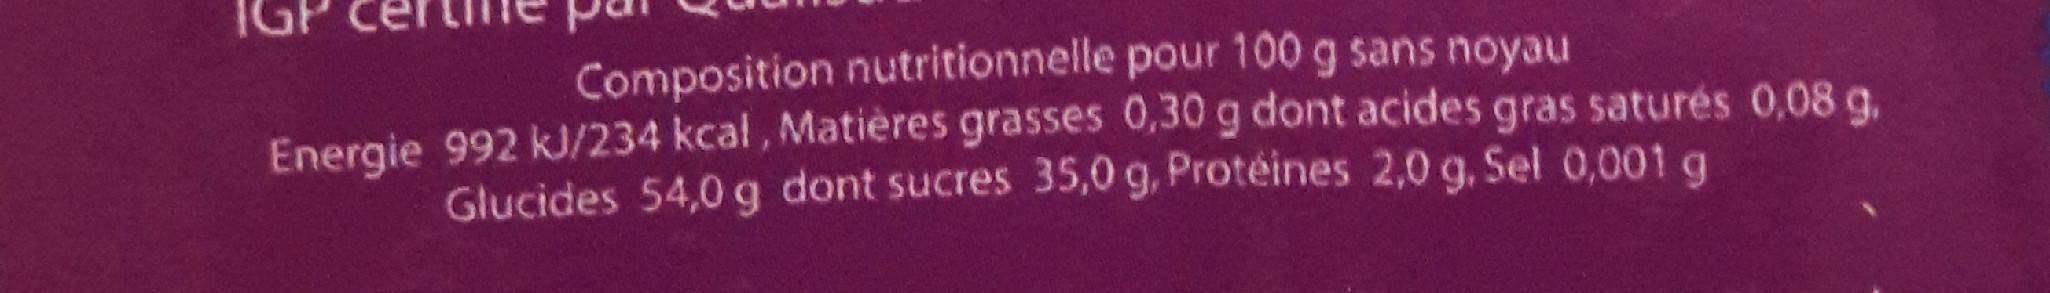
IGP
Composition nutritionnelle pour 100 g sans noyau Energie 992 kJ/234 kcal, Matières grasses 0,30 g dont acides gras saturés 0,08 g, Glucides 54,0g dont sucres 35,0 g, Protéines 2,0 g, Sel 0,001 g